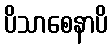
ပိသာစေနာပိ